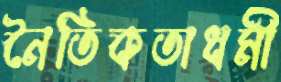
নৈতিকতাধর্মী